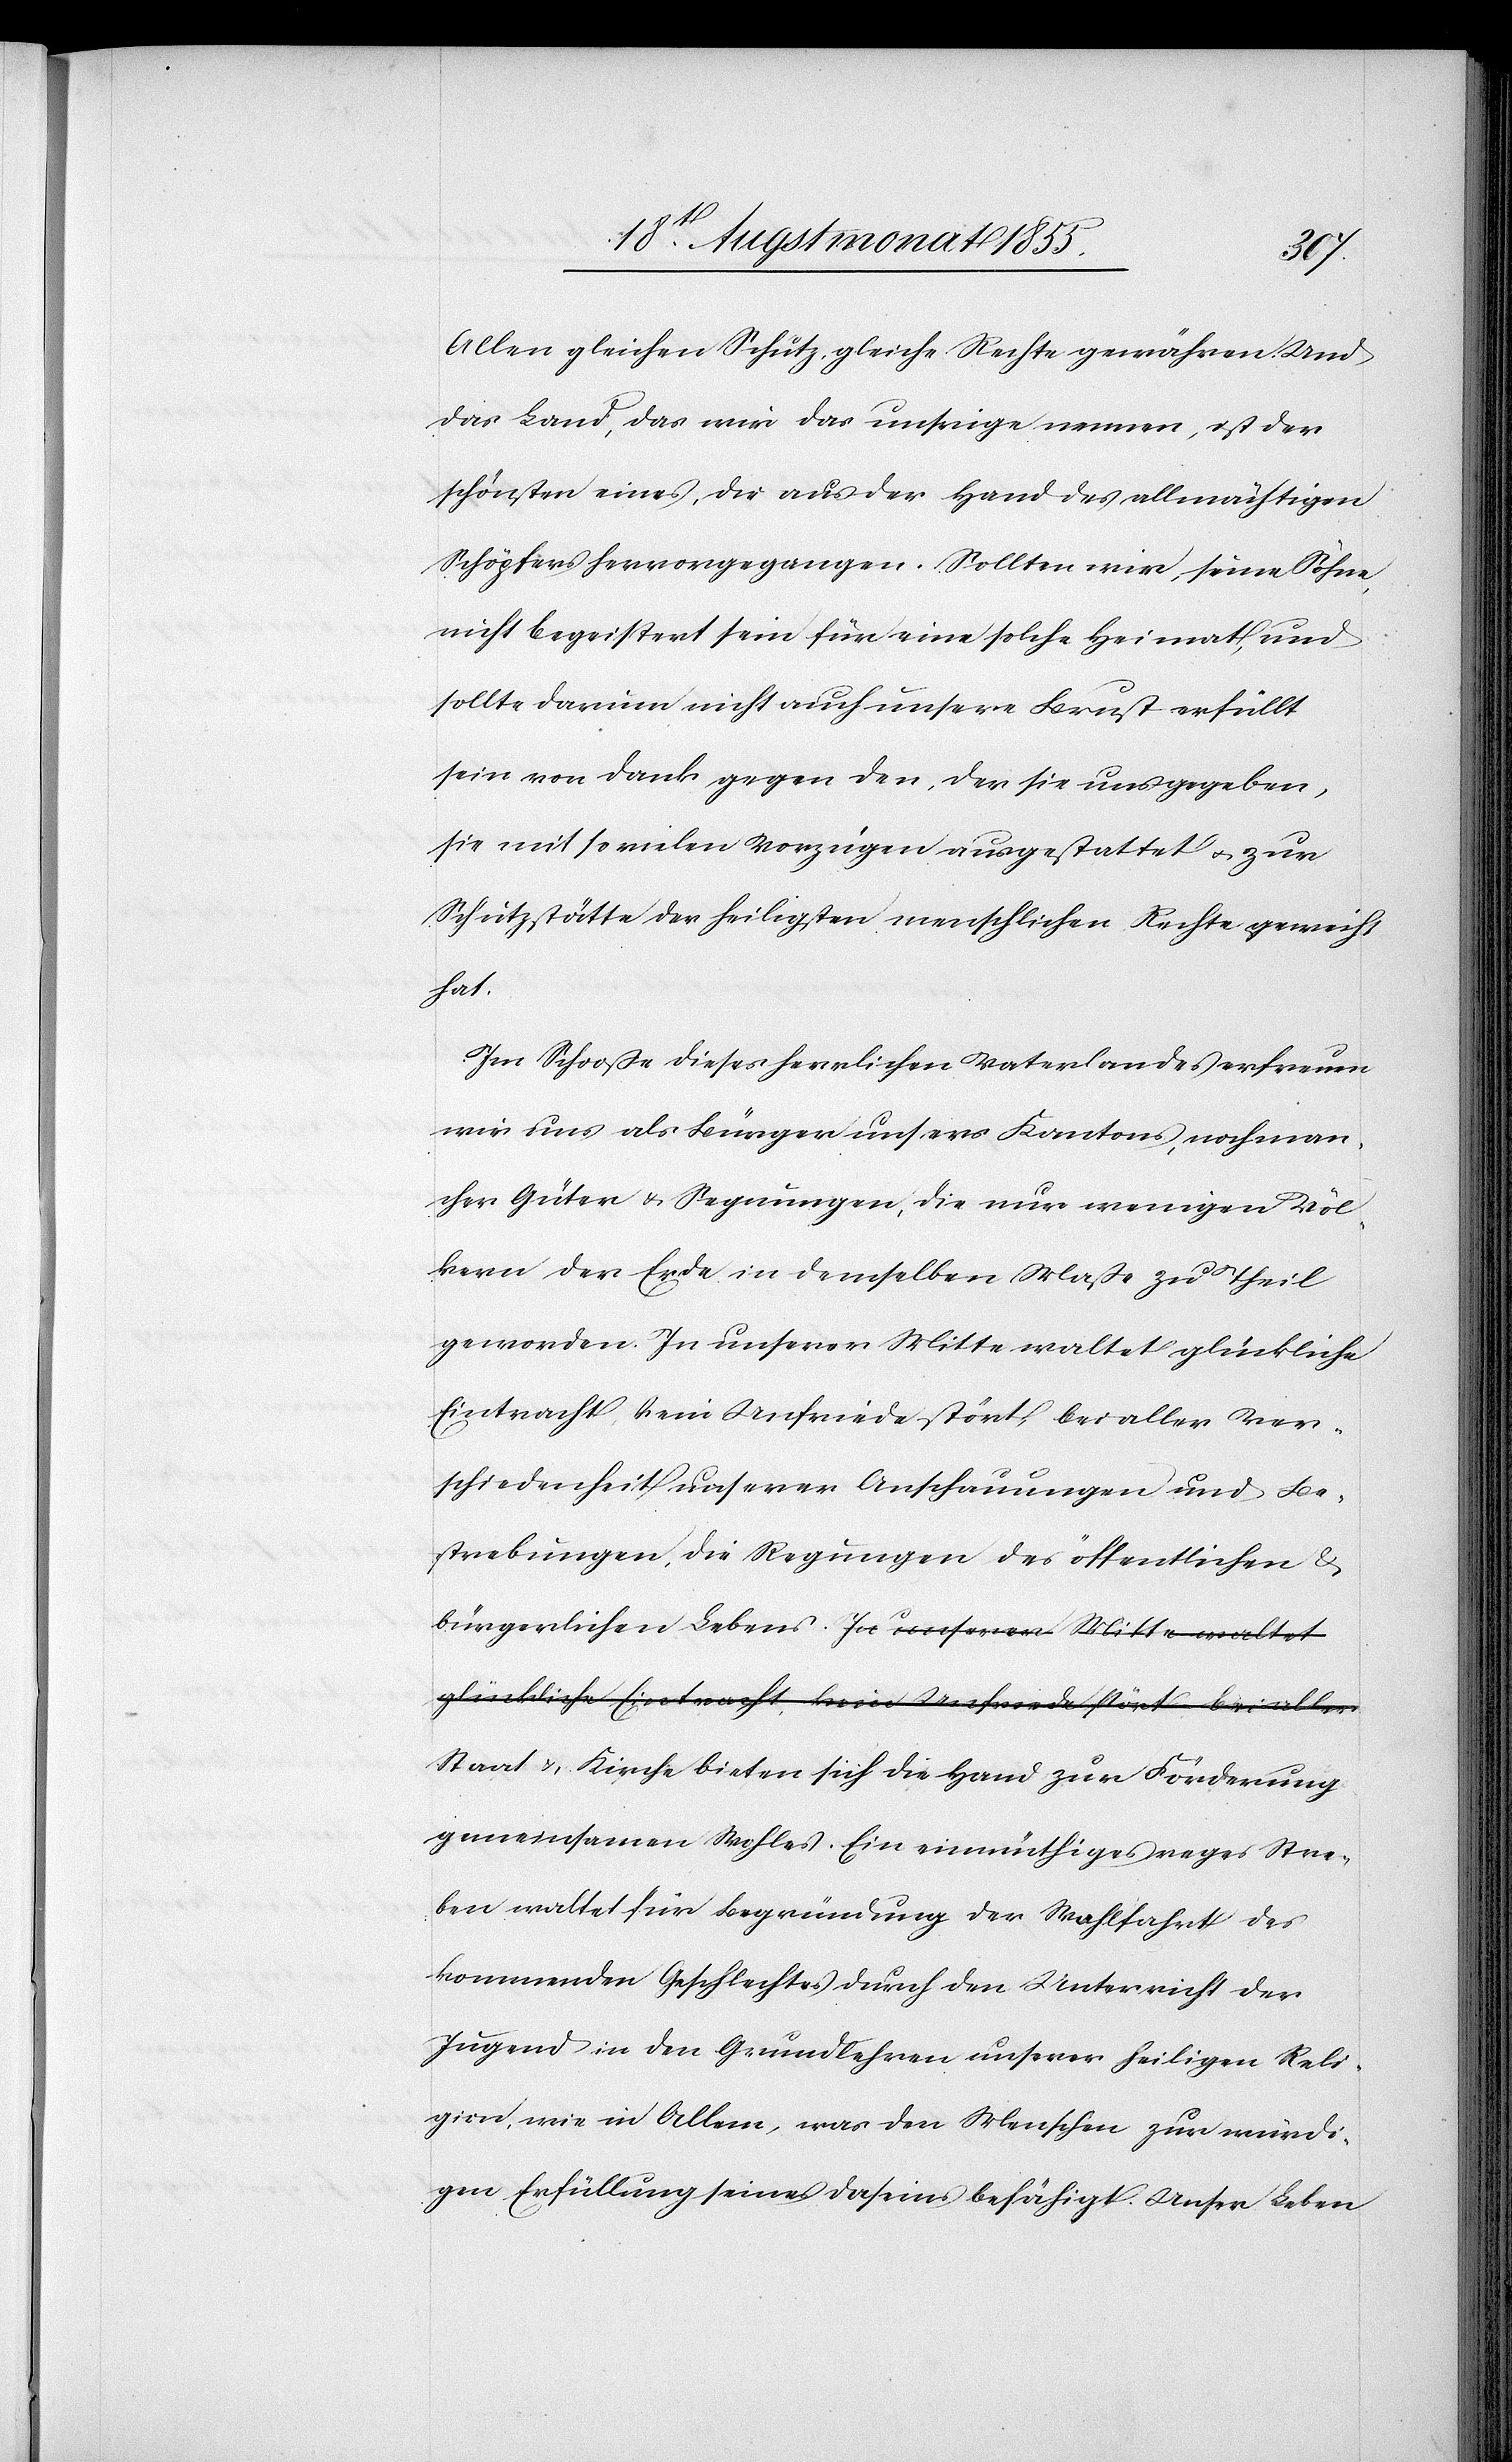
Allen gleichen Schutz, gleiche Rechte gewähren. Und
das Land, das wir das unsrige nennen, ist der
schönsten eines, d[?ie] aus der Hand des allmächtigen
Schöpfers hervorgegangen. Sollten wir, seine Söhne,
nicht begeistert sein für eine solche Heimat, und
sollte darum nicht auch unsere Brust erfüllt
sein von Dank gegen den, der sie uns gegeben,
sie mit so vielen Vorzügen ausgestattet & zur
Schutzstätte der heiligsten menschlichen Rechte geweiht
hat.
Im Schooße dieses herrlichen Vaterlandes erfreuen
wir uns als Bürger unsers Kantons, noch man¬
cher Güter & Segnungen, die nur wenigen Völ¬
kern der Erde in demselben Maße zu Theil
geworden. In unserer Mitte waltet glückliche
Eintracht, kein Unfriede stört bei aller Ver¬
schiedenheit unserer Anschauungen und Be¬
strebungen, die Regungen des öffentlichen &
bürgerlichen Lebens. a-In unserer Mitte waltet
glückliche Eintracht, kein Unfriede stört bei aller-a
Staat & Kirche bieten sich die Hand zur Förderung
gemeinsamen Wohles. Ein einmüthiges reges Stre¬
ben waltet für Begründung der Wohlfahrt des
kommenden Geschlechtes durch den Unterricht der
Jugend in den Grundlehren unserer heiligen Reli¬
gion, wie in Allem, was den Menschen zur würdi¬
gen Erfüllung seines Daseins befähigt. Unser Leben